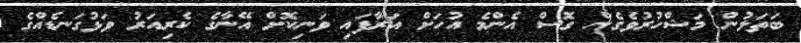
ބަތަލުން މަޝްހުރުވެގެން ގޮސް އެންމެ އުހަށް އަރާފައި ވަނިކޮށް އޭނާގެ ކެރިއަރު ވަޅުގަނޑެއްގެ